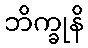
ဘိက္ခုနိ